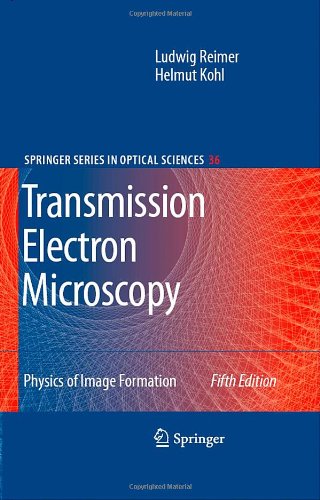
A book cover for Transmission Electron Microscopy: Physics of Image Formation (Springer Series in Optical Sciences); Ludwig Reimer; Science & Math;